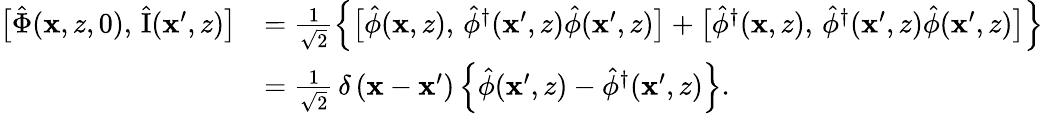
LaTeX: \begin{array}{rl}{\bigl[\hat{\Phi}(\mathbf{x},z,0),\, \hat{\mathrm{I}}(\mathbf{x}^{\prime},z)\bigr]}&{=\frac{1}{\sqrt{2}}\left\{ \bigl[\hat{\phi}(\mathbf{x},z),\, \hat{\phi}^{\dagger}(\mathbf{x}^{\prime},z)\hat{\phi}(\mathbf{x}^{\prime},z)\bigr]+\bigl[\hat{\phi}^{\dagger}(\mathbf{x},z),\, \hat{\phi}^{\dagger}(\mathbf{x}^{\prime},z)\hat{\phi}(\mathbf{x}^{\prime},z)\bigr]\right\} }\\ &{=\frac{1}{\sqrt{2}}\, \delta\left(\mathbf{x}-\mathbf{x}^{\prime}\right)\left\{ \hat{\phi}(\mathbf{x}^{\prime},z)-\hat{\phi}^{\dagger}(\mathbf{x}^{\prime},z)\right\} .}\end{array}